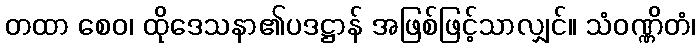
တထာ စေဝ၊ ထိုဒေသနာ၏ပဒဋ္ဌာန် အဖြစ်ဖြင့်သာလျှင်။ သံဝဏ္ဏိတံ၊